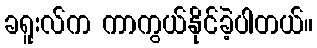
ခရူးလ်က ကာကွယ်နိုင်ခဲ့ပါတယ်။